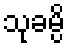
သုခမ္ပိ